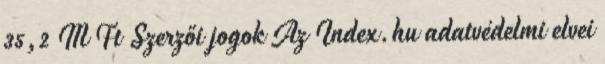
35,2 M Ft Szerzői jogok Az Index.hu adatvédelmi elvei